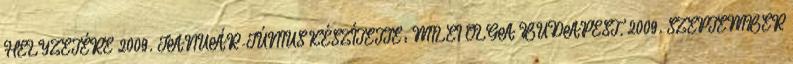
HELYZETÉRE 2009. JANUÁR-JÚNIUS KÉSZÍTETTE: MILEI OLGA BUDAPEST, 2009. SZEPTEMBER